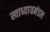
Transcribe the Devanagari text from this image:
स्वाध्यायमंडल